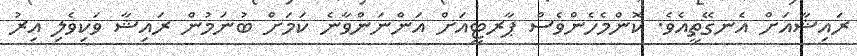
ރައިޝާއަށް އެނގޭތީއެވެ. ކޮންމެހެންވެސް ޕާރޓީއަށް އަންނަންވާނެ ކަމަށް ބުނަމުން ރައިޝާ ވަކިވެލި އިރު